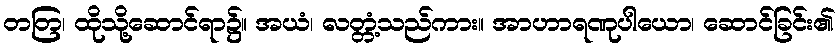
တတြ၊ ထိုသို့ဆောင်ရာ၌။ အယံ၊ လတ္တံ့သည်ကား။ အာဟာရဏုပါယော၊ ဆောင်ခြင်း၏